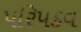
પરિપકવ